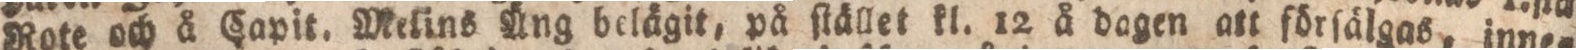
Rote och å Capit. Melins Äng belägit, på ſtället kl. 12 å dagen att förſälgas, inne=